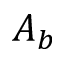
A _ { b }